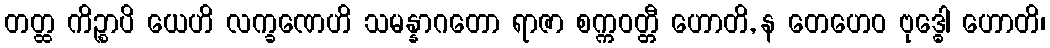
တတ္ထ ကိဉ္စာပိ ယေဟိ လက္ခဏေဟိ သမန္နာဂတော ရာဇာ စက္ကဝတ္တီ ဟောတိ, န တေဟေဝ ဗုဒ္ဓေါ ဟောတိ၊